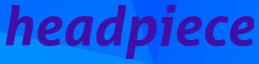
headpiece